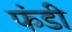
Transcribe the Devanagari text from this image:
फंडी